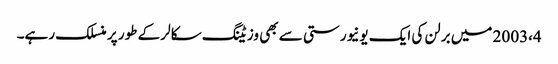
2003،4 میں برلن کی ایک یونیورستی سے بھی وزیٹنگ سکالر کے طور پر منسلک رہے۔